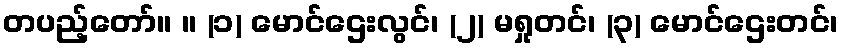
တပည့်တော်။ ။ (၁) မောင်ဌေးလွင်၊ (၂) မရှုတင်၊ (၃) မောင်ဌေးတင်၊